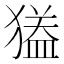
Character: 𱮟